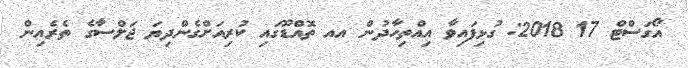
އޯގަސްޓް 17 2018: ގުޅިފައިވާ އިއްތިހާދުން އއ ތޮއްޑޫގައި ކުރިއަށްގެންދިޔަ ޖަލްސާގެ ތެރެއިން